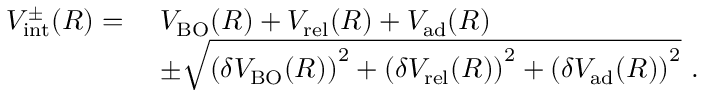
\begin{array} { r l } { V _ { \mathrm { i n t } } ^ { \pm } ( R ) = \ } & { V _ { \mathrm { B O } } ( R ) + V _ { \mathrm { r e l } } ( R ) + V _ { \mathrm { a d } } ( R ) } \\ & { \pm \sqrt { \left( \delta V _ { \mathrm { B O } } ( R ) \right) ^ { 2 } + \left( \delta V _ { \mathrm { r e l } } ( R ) \right) ^ { 2 } + \left( \delta V _ { \mathrm { a d } } ( R ) \right) ^ { 2 } } \ . } \end{array}